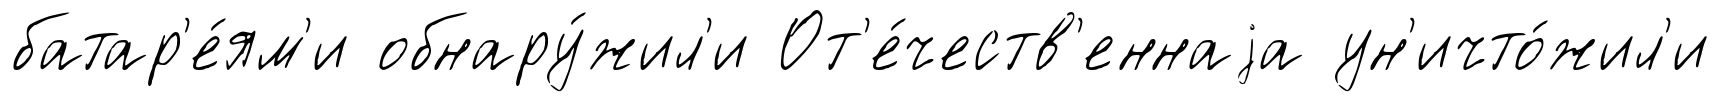
батар'е́ям'и обнару́жил'и От'е́честв'еннаjа ун'ичто́жил'и